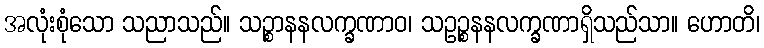
အလုံးစုံသော သညာသည်။ သဉ္စာနနလက္ခဏာဝ၊ သဥဉ္စနနလက္ခဏာရှိသည်သာ။ ဟောတိ၊